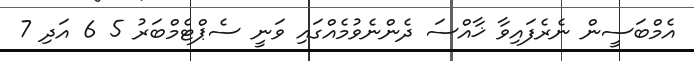
އެމްބަސީން ނެރެފައިވާ ޚާއްސަ ދެންނެވުމެއްގައި ވަނީ ސެޕްޓެމްބަރު 5 6 އަދި 7